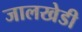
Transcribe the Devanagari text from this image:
जालखेडी